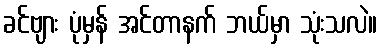
ခင်ဗျား ပုံမှန် အင်တာနက် ဘယ်မှာ သုံးသလဲ။